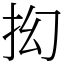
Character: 抝